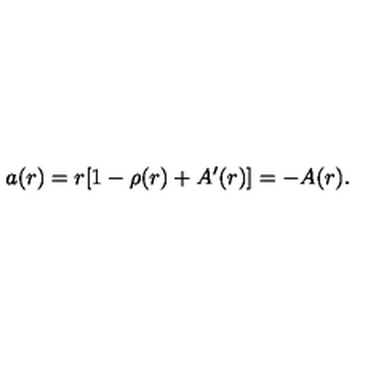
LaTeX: a ( r ) = r [ 1 - \rho ( r ) + A ^ { \prime } ( r ) ] = - A ( r ) .